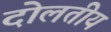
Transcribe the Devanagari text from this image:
दोलतीय